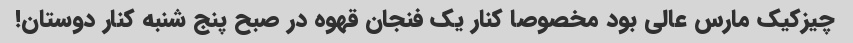
چیزکیک مارس عالی بود مخصوصا کنار یک فنجان قهوه در صبح پنج شنبه کنار دوستان!